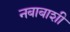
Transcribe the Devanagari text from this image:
नबाबाशी